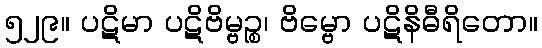
၅၂၉။ ပဋိမာ ပဋိဗိမ္ဗဉ္စ၊ ဗိမ္ဗော ပဋိနိဓီရိတော။